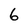
Character: 6